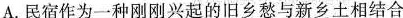
A.民宿作为一种刚刚兴起的旧乡愁与新乡土相结合